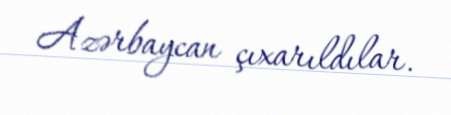
Azərbaycan çıxarıldılar.